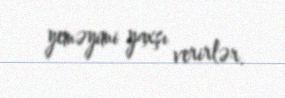
yeməyimi yaxşı verirlər.